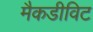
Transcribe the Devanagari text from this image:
मैकडीविट